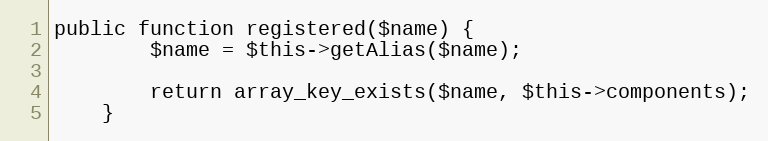
Language: PHP
public function registered($name) {
		$name = $this->getAlias($name);

		return array_key_exists($name, $this->components);
	}